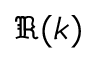
\Re ( k )